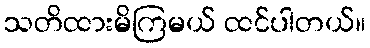
သတိထားမိကြမယ် ထင်ပါတယ်။